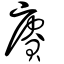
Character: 賡